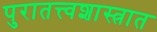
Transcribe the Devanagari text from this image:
पुरातत्त्वशास्त्रात